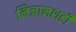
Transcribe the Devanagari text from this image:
निजामशही